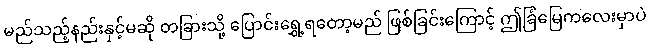
မည်သည့်နည်းနှင့်မဆို တခြားသို့ ပြောင်းရွှေ့ရတော့မည် ဖြစ်ခြင်းကြောင့် ဤခြံမြေကလေးမှာပဲ